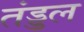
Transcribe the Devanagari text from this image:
तंड्डल